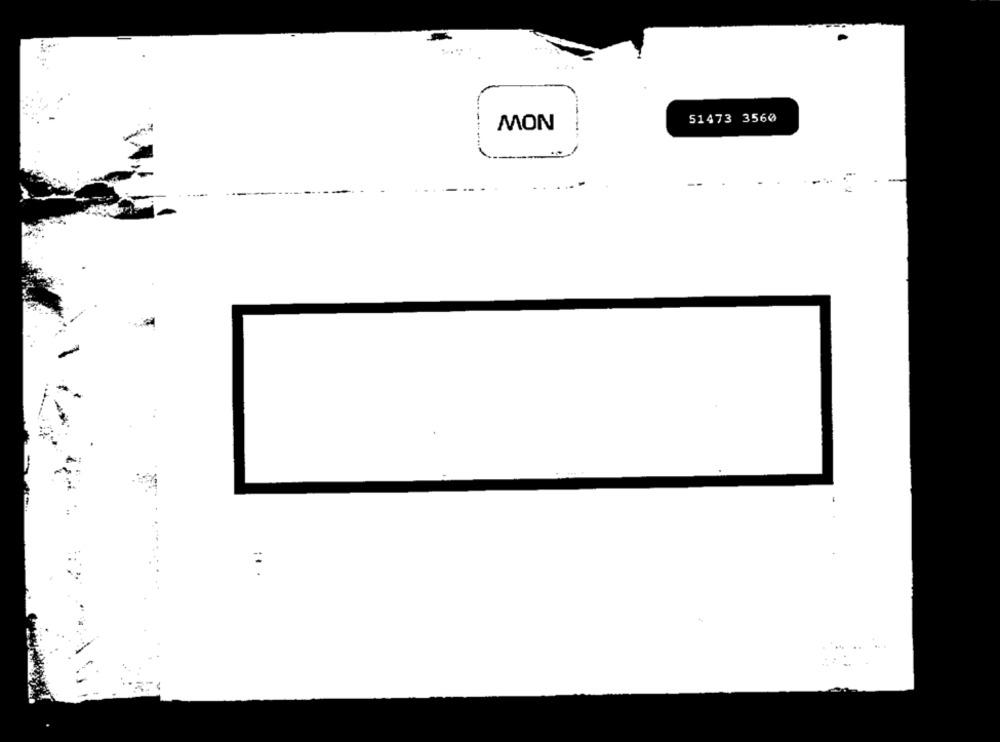
51473 3560
MON
.
.... .
=